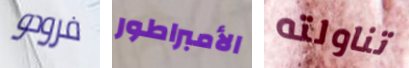
فرودو الأمبراطور تناولته